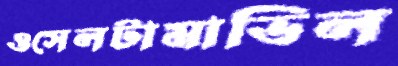
ওসেলটামাভিল